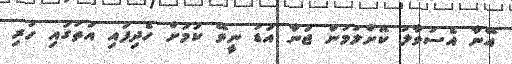
އޭނާ އެސުވާލު ކޮށްލުމުން ޖަނާ އަޑު ނީވޭ ކަމަށް ހެދިފައި އަތުގައި ހުރި